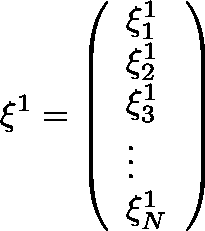
{ { \mathbf { \xi } } ^ { 1 } } = \left( \begin{array} { l } { \xi _ { 1 } ^ { 1 } } \\ { \xi _ { 2 } ^ { 1 } } \\ { \xi _ { 3 } ^ { 1 } } \\ { \vdots } \\ { \xi _ { N } ^ { 1 } } \end{array} \right)